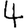
Digit: 4